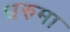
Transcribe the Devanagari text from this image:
धरुमा